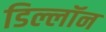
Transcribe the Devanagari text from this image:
डिल्लॉन